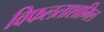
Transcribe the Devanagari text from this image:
विफलताशामिल